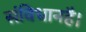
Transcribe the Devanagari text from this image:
संविधानहै।